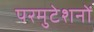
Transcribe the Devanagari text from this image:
परमुटेशनों